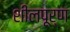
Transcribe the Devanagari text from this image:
शीलपूर्ण